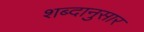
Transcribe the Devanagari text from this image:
शब्दानुसार